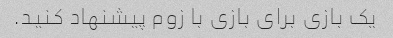
یک بازی برای بازی با زوم پیشنهاد کنید.